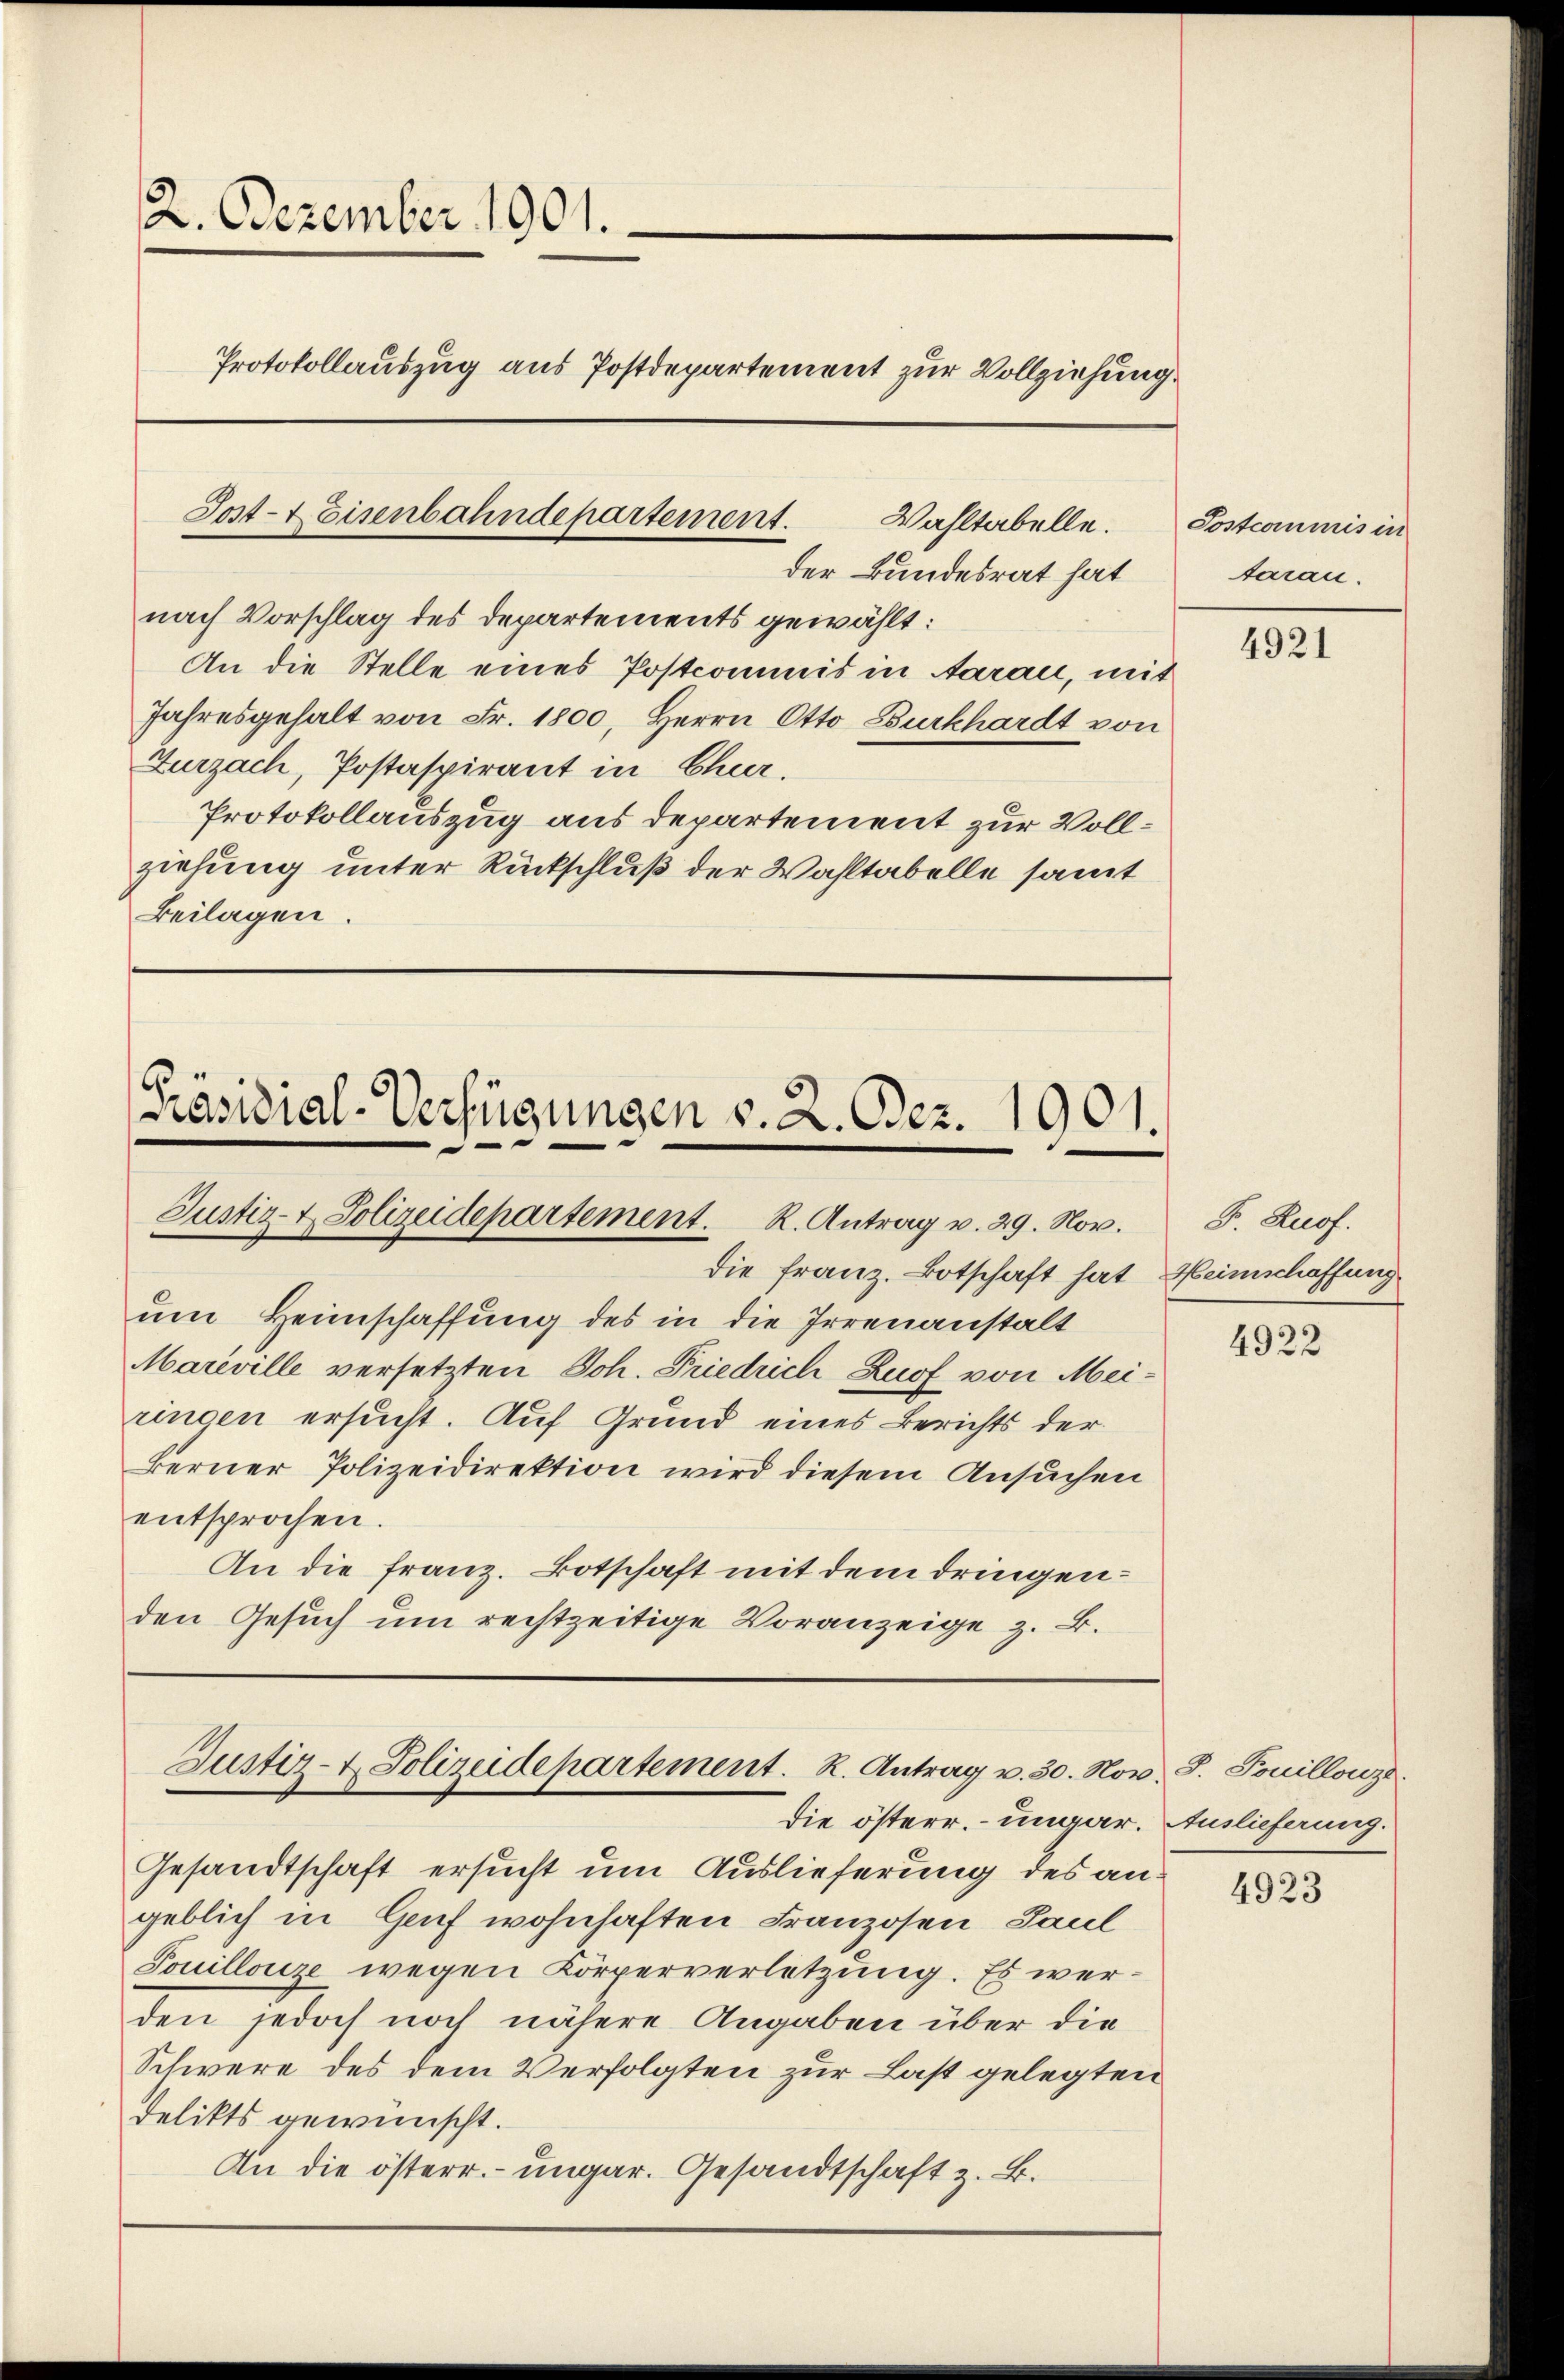
2. Dezember 1901.
Protokollauszug aus Postdepartement zur Vollziehung

Sost- & Eisenbahndepartement.
Wahltabelle.

[Präsidial-Verfügungen v. 2. Bez. 1901.
Justiz- & Polizeidepartement. R. Antrag v. 29. Nov.

der Bundesrat hat
nach Vorschlag des Departements gewählt:
An die Stelle eines Postcommis in Aarau, mit
Jahresgehalt von Fr. 1800, Herrn Otto Burkhardt von
Zurzach, Postaspirant in Chur.
Protokollauszug aus departement zur Vollziehung unter Rückschluß der Wahltabelle samt
Beilagen.

Justiz- & Polizeidepartement. R. Antrag v. 30. Nov.

Sostcommis in
taran.

die Franz. Botschaft hat, Heimschaffung
um Heimschaffung des in die Irrenanstalt
Mareville versetzten Joh. Friedrich Zuof von Meiungen ersucht. Auf Grund eines Berichts der
Berner Polizeidirektion wird diesem Ansuchen
entsprochen.
An die Franz. Botschaft mit dem dringenden Gesuch um rechtzeitige Voranzeige z. B.

die österr. ungar. Auslieferung.
Gesandtschaft ersucht um Auslieferung des angeblich in Genf wohnhaften Franzosen, Paul
Touilloure wegen Körperverletzung. Es werden jedoch noch nähere Angaben über die
Schwere des dem Verfolgten zur Last gelegten
Delikts gewünscht.
An die österr. ungar. Gesandtschaft z. B.

4921

F Ruof.

4922

J. Pouillonze

4923